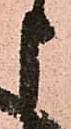
申